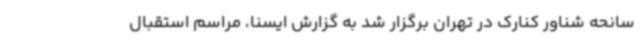
سانحه شناور کنارک در تهران برگزار شد به گزارش ایسنا، مراسم استقبال